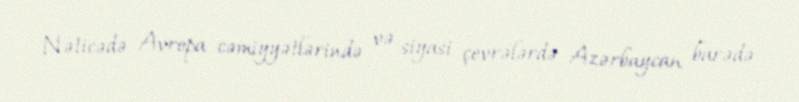
Nəticədə Avropa cəmiyyətlərində və siyasi çevrələrdə Azərbaycan barədə